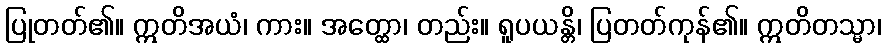
ပြုတတ်၏။ ဣတိအယံ၊ ကား။ အတ္ထော၊ တည်း။ ရူပယန္တိ၊ ပြတတ်ကုန်၏။ ဣတိတသ္မာ၊